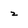
Character: z